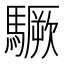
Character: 𩦒